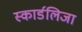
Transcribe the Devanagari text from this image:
स्कार्डलिजा